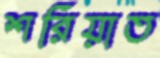
শরিয়াত